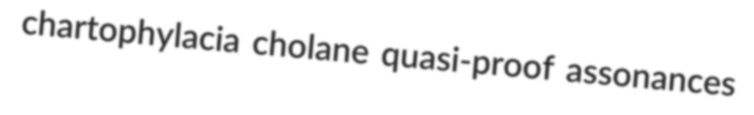
chartophylacia cholane quasi-proof assonances